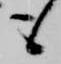
も